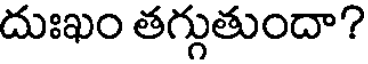
దుఃఖం తగ్గుతుందా?